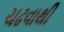
ચઢવાથી